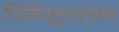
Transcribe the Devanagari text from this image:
पिसिष्ट्राटसन